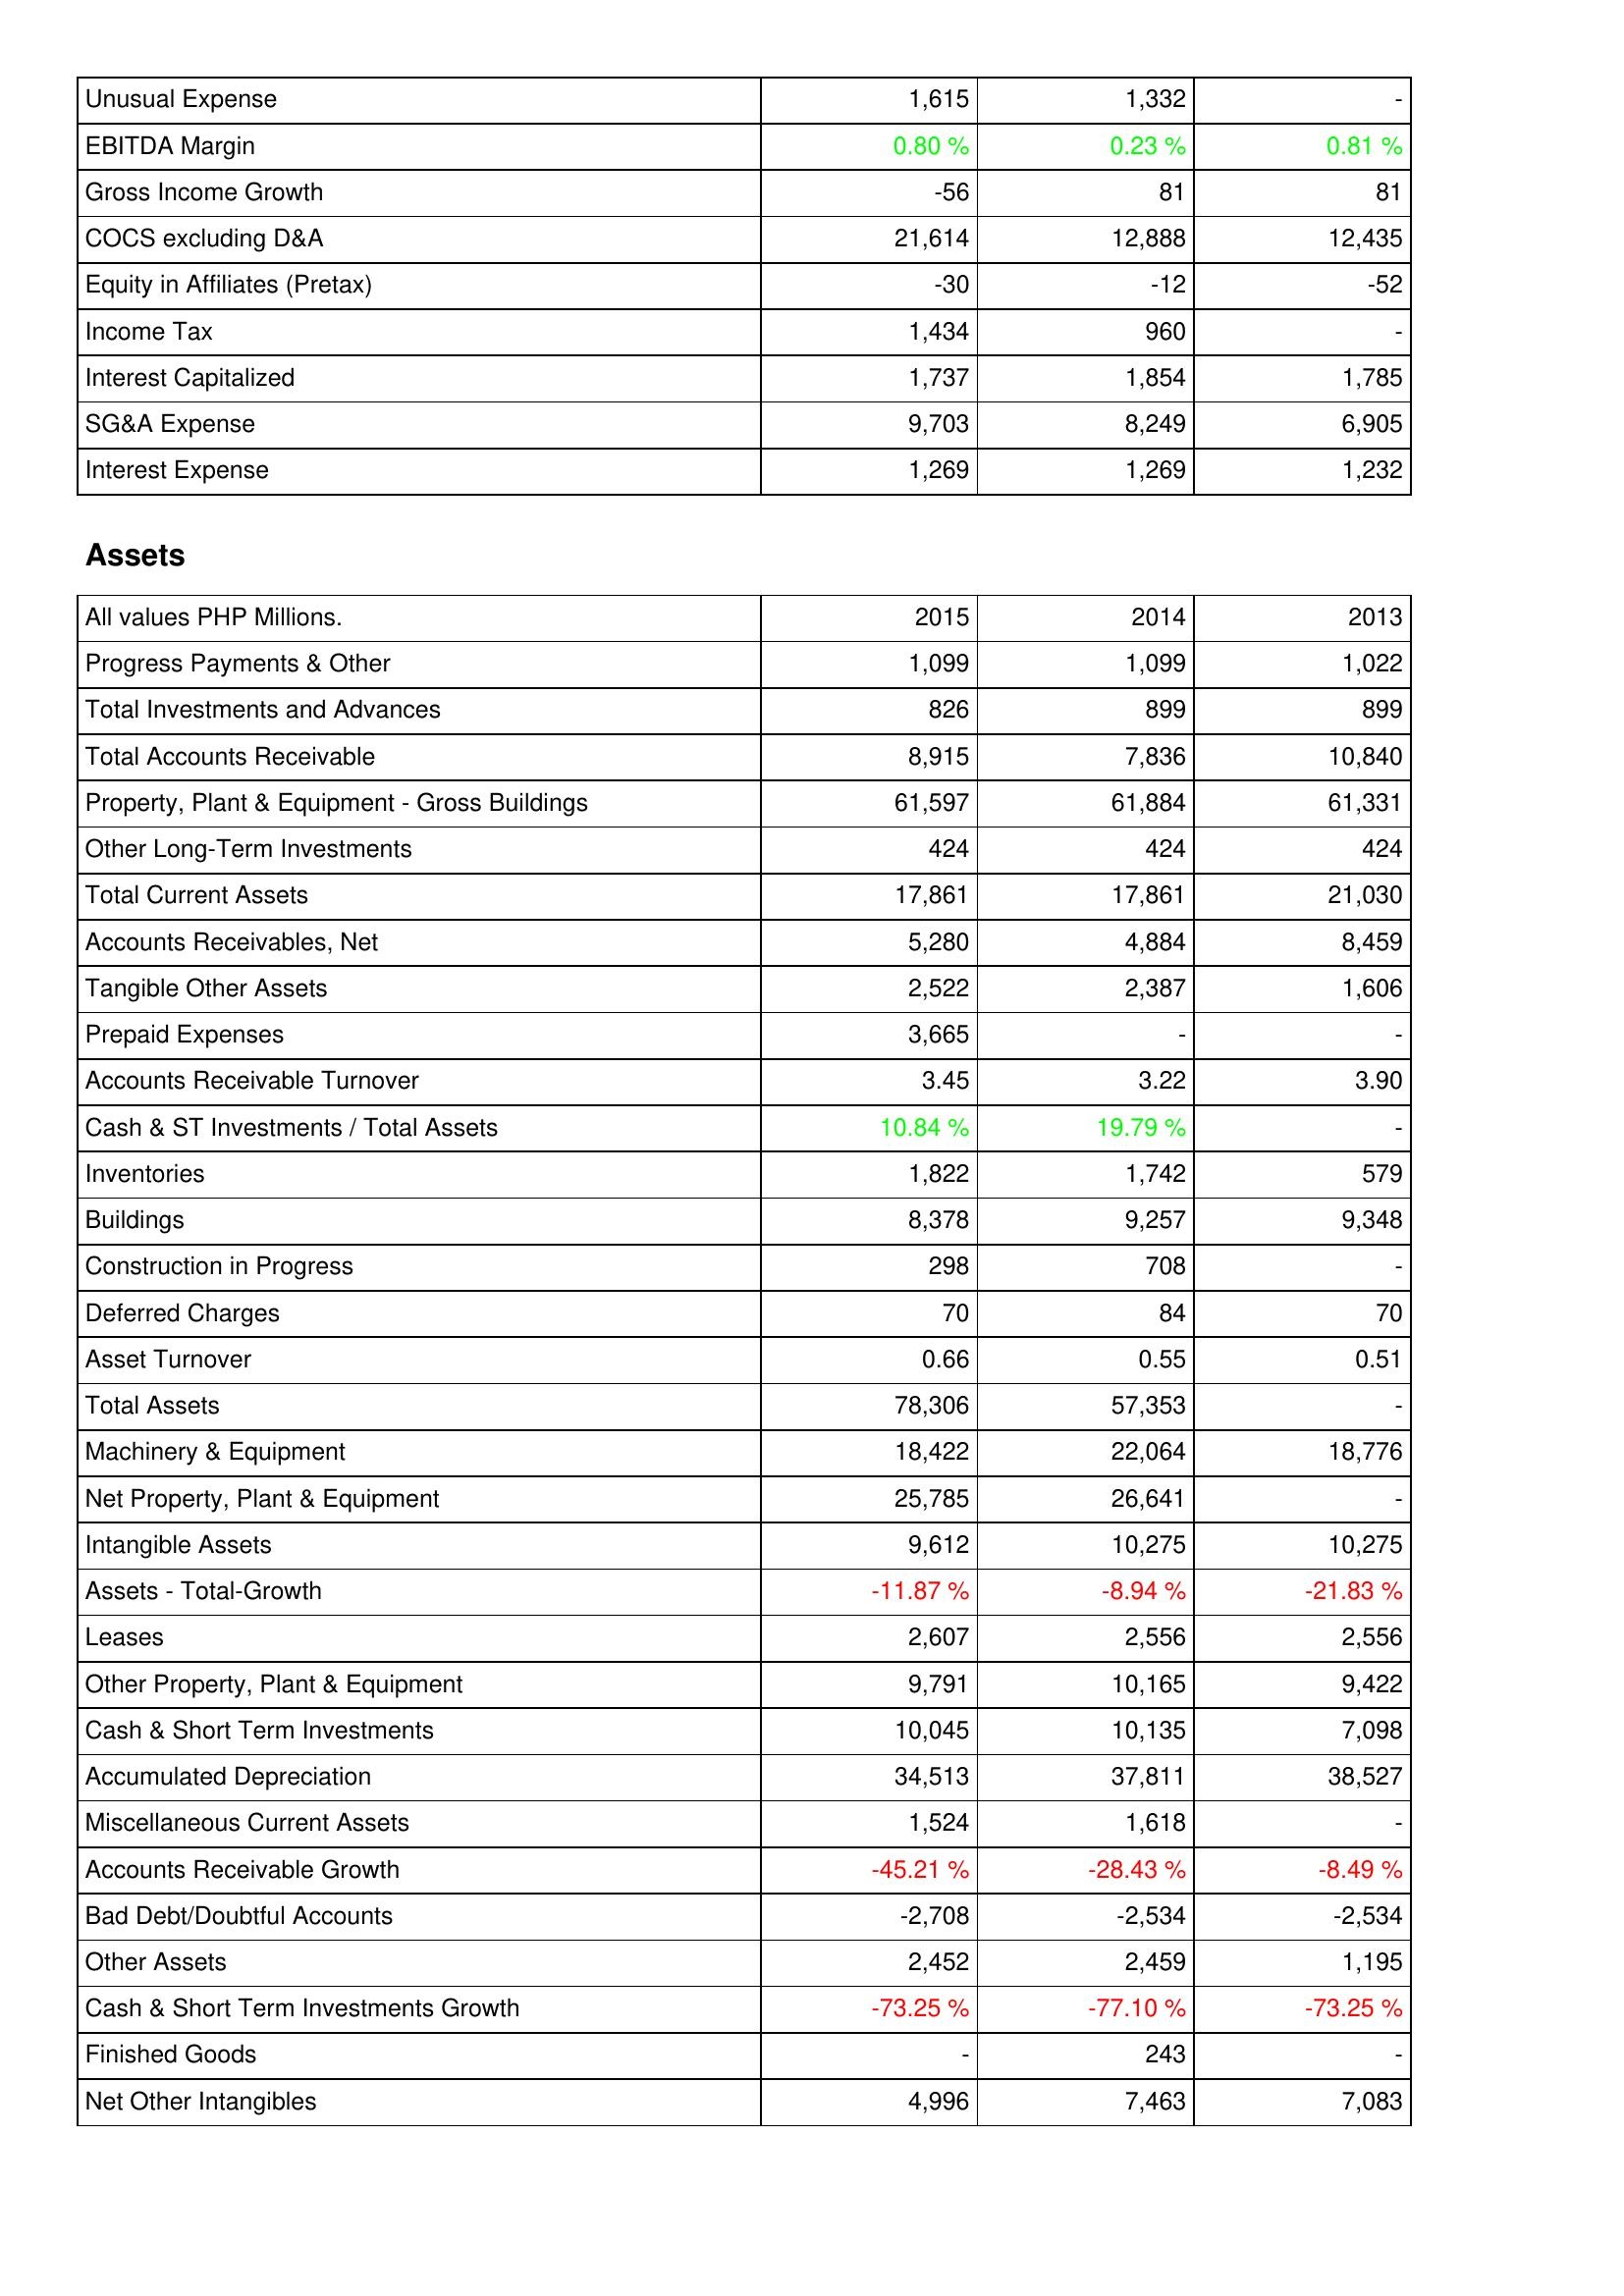
2015: Income Statement: Unusual Expense: 1,615
EBITDA Margin: 0.80 %
Gross Income Growth: -56
COCS excluding D&A: 21,614
Equity in Affiliates (Pretax): -30
Income Tax: 1,434
Interest Capitalized: 1,737
SG&A Expense: 9,703
Interest Expense: 1,269
Assets: Progress Payments & Other: 1,099
Total Investments and Advances: 826
Total Accounts Receivable: 8,915
Property, Plant & Equipment - Gross Buildings: 61,597
Other Long-Term Investments: 424
Total Current Assets: 17,861
Accounts Receivables, Net: 5,280
Tangible Other Assets: 2,522
Prepaid Expenses: 3,665
Accounts Receivable Turnover: 3.45
Cash & ST Investments / Total Assets: 10.84 %
Inventories: 1,822
Buildings: 8,378
Construction in Progress: 298
Deferred Charges: 70
Asset Turnover: 0.66
Total Assets: 78,306
Machinery & Equipment: 18,422
Net Property, Plant & Equipment: 25,785
Intangible Assets: 9,612
Assets - Total-Growth: -11.87 %
Leases: 2,607
Other Property, Plant & Equipment: 9,791
Cash & Short Term Investments: 10,045
Accumulated Depreciation: 34,513
Miscellaneous Current Assets: 1,524
Accounts Receivable Growth: -45.21 %
Bad Debt/Doubtful Accounts: -2,708
Other Assets: 2,452
Cash & Short Term Investments Growth: -73.25 %
Finished Goods: -
Net Other Intangibles: 4,996
2014: Income Statement: Unusual Expense: 1,332
EBITDA Margin: 0.23 %
Gross Income Growth: 81
COCS excluding D&A: 12,888
Equity in Affiliates (Pretax): -12
Income Tax: 960
Interest Capitalized: 1,854
SG&A Expense: 8,249
Interest Expense: 1,269
Assets: Progress Payments & Other: 1,099
Total Investments and Advances: 899
Total Accounts Receivable: 7,836
Property, Plant & Equipment - Gross Buildings: 61,884
Other Long-Term Investments: 424
Total Current Assets: 17,861
Accounts Receivables, Net: 4,884
Tangible Other Assets: 2,387
Prepaid Expenses: -
Accounts Receivable Turnover: 3.22
Cash & ST Investments / Total Assets: 19.79 %
Inventories: 1,742
Buildings: 9,257
Construction in Progress: 708
Deferred Charges: 84
Asset Turnover: 0.55
Total Assets: 57,353
Machinery & Equipment: 22,064
Net Property, Plant & Equipment: 26,641
Intangible Assets: 10,275
Assets - Total-Growth: -8.94 %
Leases: 2,556
Other Property, Plant & Equipment: 10,165
Cash & Short Term Investments: 10,135
Accumulated Depreciation: 37,811
Miscellaneous Current Assets: 1,618
Accounts Receivable Growth: -28.43 %
Bad Debt/Doubtful Accounts: -2,534
Other Assets: 2,459
Cash & Short Term Investments Growth: -77.10 %
Finished Goods: 243
Net Other Intangibles: 7,463
2013: Income Statement: Unusual Expense: -
EBITDA Margin: 0.81 %
Gross Income Growth: 81
COCS excluding D&A: 12,435
Equity in Affiliates (Pretax): -52
Income Tax: -
Interest Capitalized: 1,785
SG&A Expense: 6,905
Interest Expense: 1,232
Assets: Progress Payments & Other: 1,022
Total Investments and Advances: 899
Total Accounts Receivable: 10,840
Property, Plant & Equipment - Gross Buildings: 61,331
Other Long-Term Investments: 424
Total Current Assets: 21,030
Accounts Receivables, Net: 8,459
Tangible Other Assets: 1,606
Prepaid Expenses: -
Accounts Receivable Turnover: 3.90
Cash & ST Investments / Total Assets: -
Inventories: 579
Buildings: 9,348
Construction in Progress: -
Deferred Charges: 70
Asset Turnover: 0.51
Total Assets: -
Machinery & Equipment: 18,776
Net Property, Plant & Equipment: -
Intangible Assets: 10,275
Assets - Total-Growth: -21.83 %
Leases: 2,556
Other Property, Plant & Equipment: 9,422
Cash & Short Term Investments: 7,098
Accumulated Depreciation: 38,527
Miscellaneous Current Assets: -
Accounts Receivable Growth: -8.49 %
Bad Debt/Doubtful Accounts: -2,534
Other Assets: 1,195
Cash & Short Term Investments Growth: -73.25 %
Finished Goods: -
Net Other Intangibles: 7,083